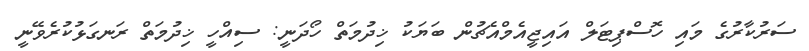
ސަރުކާރުގެ މައި ހޮސްޕިޓަލް އައިޖީއެމްއެޗުން ބަޔަކު ޚިދުމަތް ހޯދަނީ: ސިއްހީ ޚިދުމަތް ރަނގަޅުކުރެވޭނީ